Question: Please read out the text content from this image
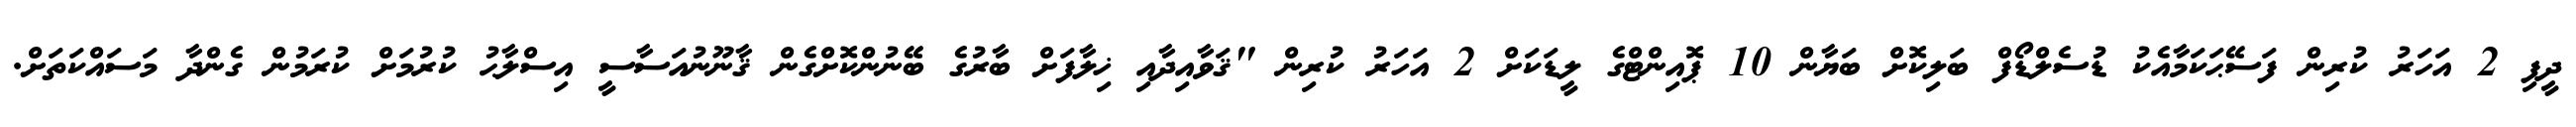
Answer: ދީފި 2 އަހަރު ކުރިން ފަސޭޙަކަމާއެކު ޑުސެލްޑޯފް ބަލިކޮށް ބަޔާން 10 ޕޮއިންޓްގެ ލީޑަކަށް 2 އަހަރު ކުރިން "ޤަވާއިދާއި ޚިލާފަށް ބާރުގެ ބޭނުންކޮށްގެން ޤާނޫނުއަސާސީ އިސްލާޙު ކުރުމަށް ކުރަމުން ގެންދާ މަސައްކަތަށް.